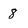
Character: 8